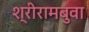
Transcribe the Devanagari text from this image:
श्रीरामबुवा